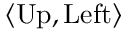
\langle { \mathrm { U p } } , { \mathrm { L e f t } } \rangle